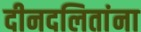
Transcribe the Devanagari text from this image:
दीनदलितांना